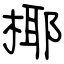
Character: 椰